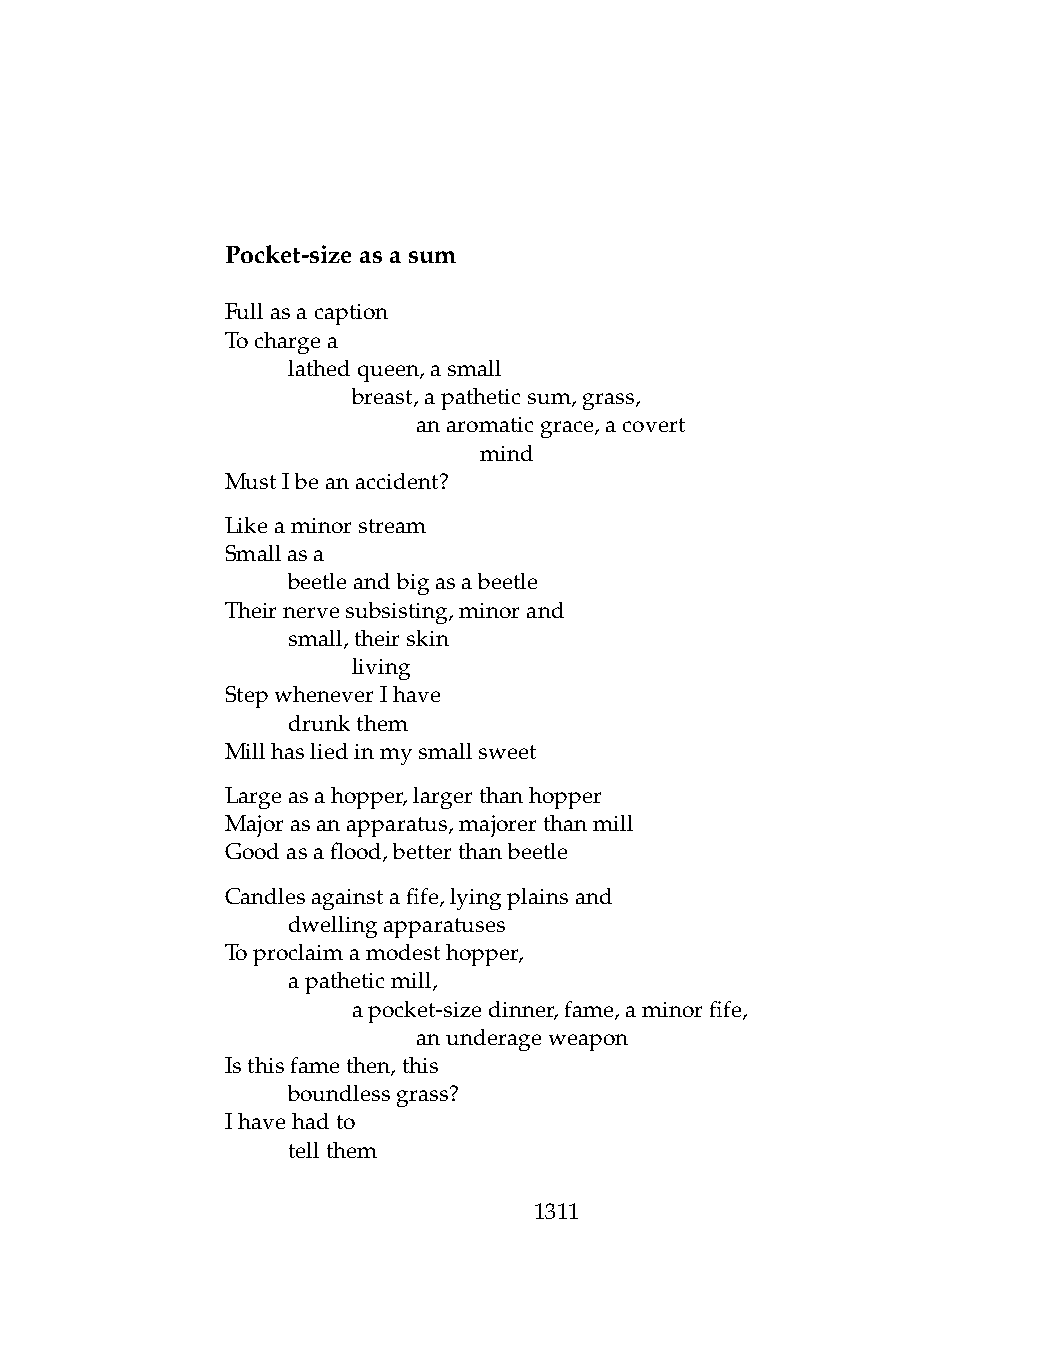
Pocket-sizeasasum
 Fullasacaption
 Tochargea
 .   lathedqueen,asmall
 .   .   breast,apatheticsum,grass,
 .   .   .    anaromaticgrace,acovert
 .   .   .    .   mind
 MustIbeanaccident?
 Likeaminorstream
 Smallasa
 .   beetleandbigasabeetle
 Theirnervesubsisting,minorand
 .   small,theirskin
 .   .   living
 StepwheneverIhave
 .   drunkthem
 Millhasliedinmysmallsweet
 Largeasahopper,largerthanhopper
 Majorasanapparatus,majorerthanmill
 Goodasaflood,betterthanbeetle
 Candlesagainstafife,lyingplainsand
 .   dwellingapparatuses
 Toproclaimamodesthopper,
 .   apatheticmill,
 .   .   apocket-sizedinner,fame,aminorfife,
 .   .   .    anunderageweapon
 Isthisfamethen,this
 .   boundlessgrass?
 Ihavehadto
 .   tellthem
 1311